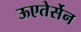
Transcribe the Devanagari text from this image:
ऊएतेर्सेन